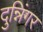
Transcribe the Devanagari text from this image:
दुन्निंगर